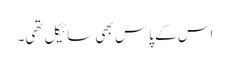
اس کے پاس بھی سائیکل تھی۔